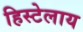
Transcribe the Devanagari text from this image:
हिस्टेलाय